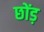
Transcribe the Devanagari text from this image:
छोंड़